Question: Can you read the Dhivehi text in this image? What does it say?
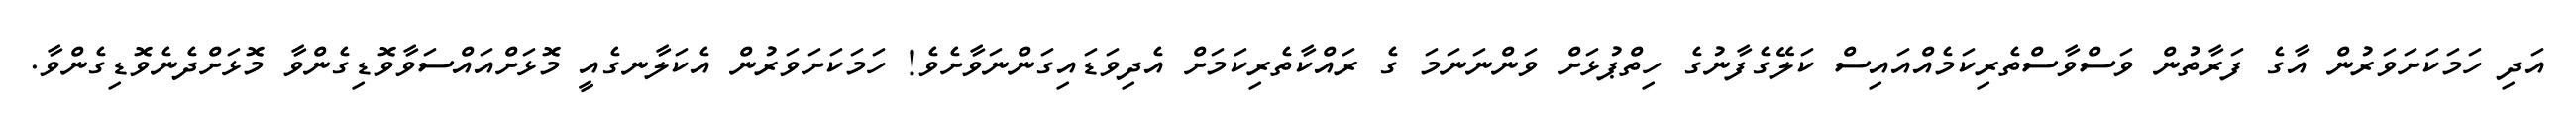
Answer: އަދި ހަމަކަށަވަރުން އާގެ ފަރާތުން ވަސްވާސްތެރިކަމެއްއައިސް ކަލޭގެފާނުގެ ހިތްޕުޅަށް ވަންނަނަމަ ގެ ރައްކާތެރިކަމަށް އެދިވަޑައިގަންނަވާށެވެ! ހަމަކަށަވަރުން އެކަލާނގެއީ މޮޅަށްއައްސަވާވޮޑިގެންވާ މޮޅަށްދެނެވޮޑިގެންވާ.